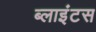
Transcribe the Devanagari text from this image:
ब्लाइंटस